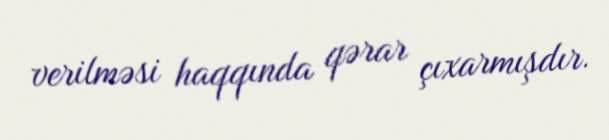
verilməsi haqqında qərar çıxarmışdır.